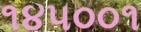
૧૪૫૦૦૧